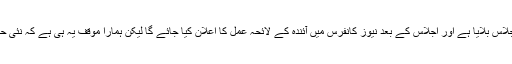
انہوں نے کہا کہ بدھ کو ایسوسی ایشن کا اجلاس بلایا ہے اور اجلاس کے بعد نیوز کانفرس میں آئندہ کے لائحہ عمل کا اعلان کیا جائے گا لیکن ہمارا موقف یہ ہی ہے کہ نئی حکومت آ جائے اور وہ یہ معاملات دیکھے۔